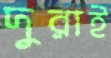
দুরাই